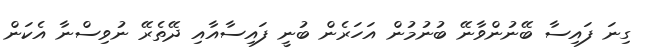
ގިނަ ފައިސާ ބޭނުންވާނޭ ބުނުމުން އަހަރެން ބުނީ ފައިސާއާއި ދޭތެރޭ ނުވިސްނާ އެކަން